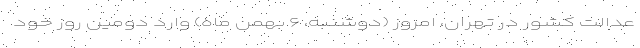
عدالت کشور در تهران، امروز (دوشنبه، ۶ بهمن ماه) وارد دومین روز خود